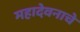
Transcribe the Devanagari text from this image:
महादेवनाचे